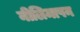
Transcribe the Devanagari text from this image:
नीलिमापन